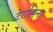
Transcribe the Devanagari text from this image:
टेरासिना